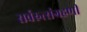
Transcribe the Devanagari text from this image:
सर्वरुत्संग्रहणी